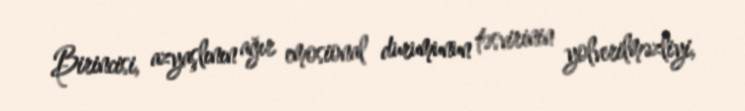
Birincisi, azyaşlının ağır emosional durumunun təsvirinin yolverilməzliyi,